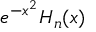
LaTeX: e ^ { - x ^ { 2 } } H _ { n } ( x )